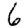
Digit: 6